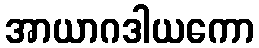
အာယာဂဒါယကော